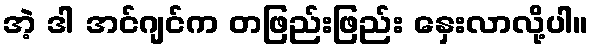
အဲ့ ဒါ အင်ဂျင်က တဖြည်းဖြည်း နှေးလာလို့ပါ။